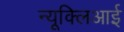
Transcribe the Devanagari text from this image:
न्यूक्लिआई